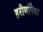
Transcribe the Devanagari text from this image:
हरीणांपेक्षा